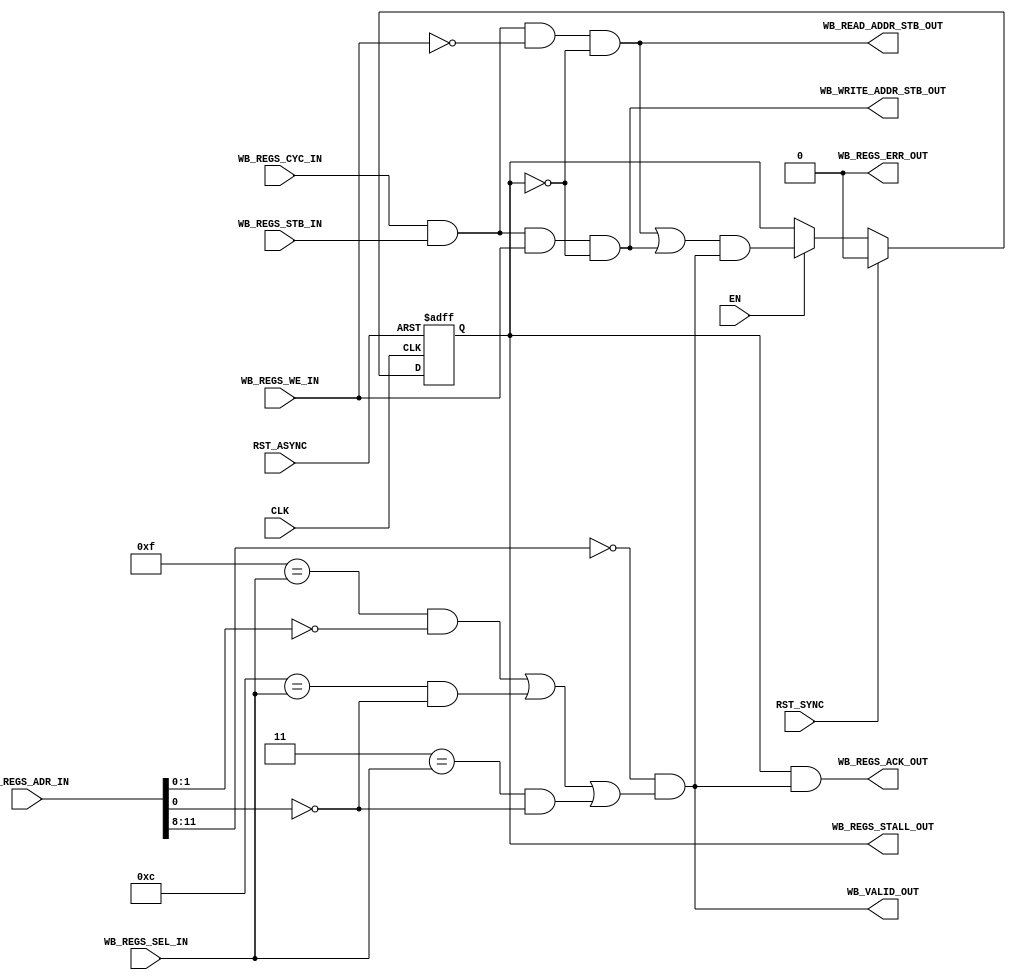
module WB_SLAVE_CTRL
   #(parameter DEFAULT_SLAVE =  0,
     parameter DEFAULT_ERR   =  0,
     parameter WB_ADDR_MSB   = 11,
     parameter WB_ADDR_LSB   =  8,
     parameter WB_ADDR_VAL   =  0
     )
   (
    // Clocks and resets
    input           CLK       ,
    input           EN        ,
    input           RST_SYNC  ,
    input           RST_ASYNC ,

    // Wishbone register slave interface
    input   [31:0] WB_REGS_ADR_IN      , 
    input          WB_REGS_CYC_IN      , 
    input          WB_REGS_STB_IN      , 
    input          WB_REGS_WE_IN       , 
    input   [ 3:0] WB_REGS_SEL_IN      , 
    output         WB_REGS_ACK_OUT     , 
    output         WB_REGS_STALL_OUT   , 
    output         WB_REGS_ERR_OUT     , 
    
//    output  [31:0] WB_REGS_DAT_RD_OUT  , 
//    input   [31:0] WB_REGS_DAT_WR_IN     

    // Decoded output signals
    output         WB_WRITE_ADDR_STB_OUT ,
    output         WB_READ_ADDR_STB_OUT  ,
    output         WB_VALID_OUT 
    
    
    );

   /////////////////////////////////////////////////////////////////////////////
   // wires / regs

   // Wishbone signals
   wire      WbReadAddrStb  ; // Address phase of a read transaction
   wire      WbWriteAddrStb ; // Address and Write data phase of a write transaction
   wire      WbAddrStb      ; // Combined Address phase (write and read)
   reg 	     WbAddrStbReg   ; // Registered Address strobe
   wire      WbAddrValid    ; // High when valid address seen (decodes middle order bits)
   wire      WbSelValid     ; // Check for valid byte enable and address low 2 bits
   wire      WbValid        ; // Combination of Addr and Sel
   

   /////////////////////////////////////////////////////////////////////////////
   // combinatorial assigns (internal)
   
   // Decode the incoming wishbone signals
   assign WbReadAddrStb  = WB_REGS_CYC_IN & WB_REGS_STB_IN & ~WB_REGS_WE_IN & ~WB_REGS_STALL_OUT;
   assign WbWriteAddrStb = WB_REGS_CYC_IN & WB_REGS_STB_IN &  WB_REGS_WE_IN & ~WB_REGS_STALL_OUT;
   assign WbAddrStb      = WbReadAddrStb | WbWriteAddrStb;

   assign WbSelValid   = ( ((4'b1111 == WB_REGS_SEL_IN) && (WB_REGS_ADR_IN[1:0] == 2'b00))
                         | ((4'b1100 == WB_REGS_SEL_IN) && (WB_REGS_ADR_IN[  0] == 1'b0 ))
                         | ((4'b0011 == WB_REGS_SEL_IN) && (WB_REGS_ADR_IN[  0] == 1'b0 ))
			   );
   assign WbAddrValid  = (WB_ADDR_VAL == WB_REGS_ADR_IN[WB_ADDR_MSB:WB_ADDR_LSB]); // todo tidy up address checks

   // If it's a default slave, always respond to the access.
   // WbValid being high will always set WbAddrStbReg high on the next cycle
   generate if (DEFAULT_SLAVE)
   begin : DEFAULT_RESPONSE
      assign WB_WRITE_ADDR_STB_OUT =  1'b0;
      assign WB_READ_ADDR_STB_OUT  =  1'b0 ;
      assign WB_VALID_OUT = 1'b0;  
      assign WbValid      = 1'b1;
   end
   else
   begin
      assign WB_WRITE_ADDR_STB_OUT = WbWriteAddrStb;
      assign WB_READ_ADDR_STB_OUT  = WbReadAddrStb ;
      assign WB_VALID_OUT = WbValid;
      assign WbValid      = WbAddrValid & WbSelValid;
   end
   endgenerate
   
   generate if (DEFAULT_ERR)
   begin : DEFAULT_ERR_GEN
      assign WB_REGS_ACK_OUT   = 1'b0;
      assign WB_REGS_ERR_OUT   = WbAddrStbReg;
   end
   else
   begin
      assign WB_REGS_ACK_OUT   = WbAddrStbReg &  WbValid;
      assign WB_REGS_ERR_OUT   = 1'b0;
   end
   endgenerate
   

   /////////////////////////////////////////////////////////////////////////////
   // external assigns

   // WB-side
   assign WB_REGS_STALL_OUT = WbAddrStbReg;
  
   // Core-side

   /////////////////////////////////////////////////////////////////////////////
   // clocked processes


   // Register the address strobe for use in generating ACK / ERR
   always @(posedge CLK or posedge RST_ASYNC)
   begin : WB_ADDR_STB_REG
      if (RST_ASYNC)
      begin
	 WbAddrStbReg <= 1'b0;
      end
      else if (RST_SYNC)
      begin
	 WbAddrStbReg <= 1'b0;
      end
      else if (EN)
      begin
	 WbAddrStbReg <= WbAddrStb & WbValid;
      end
   end
   


endmodule